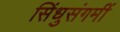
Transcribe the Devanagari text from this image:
सिंधुसंगमीं